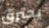
يحترق